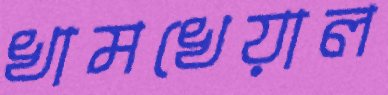
খামখেয়াল